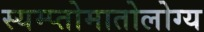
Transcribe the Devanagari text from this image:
स्यम्प्तोमातोलोग्य